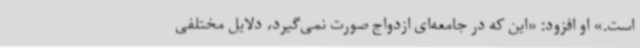
است.» او افزود: «این که در جامعه‌ای ازدواج صورت نمی‌گیرد، دلایل مختلفی